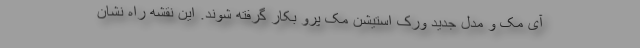
آی مک و مدل جدید ورک استیشن مک پرو بکار گرفته شوند. این نقشه راه نشان